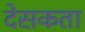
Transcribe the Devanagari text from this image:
देसकता